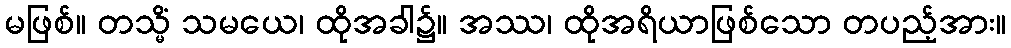
မဖြစ်။ တသ္မိံ သမယေ၊ ထိုအခါ၌။ အဿ၊ ထိုအရိယာဖြစ်သော တပည့်အား။